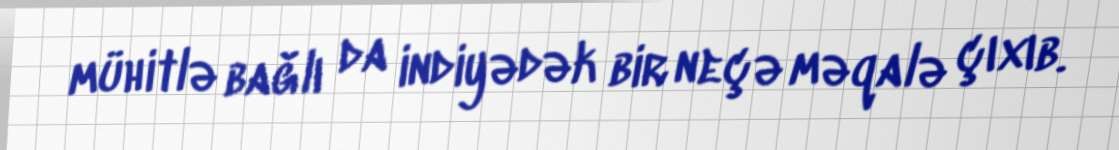
mühitlə bağlı da indiyədək bir neçə məqalə çıxıb.